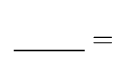
{\underline {\;~~~~~~\;}}=